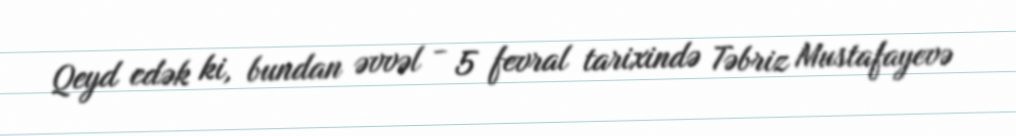
Qeyd edək ki, bundan əvvəl - 5 fevral tarixində Təbriz Mustafayevə